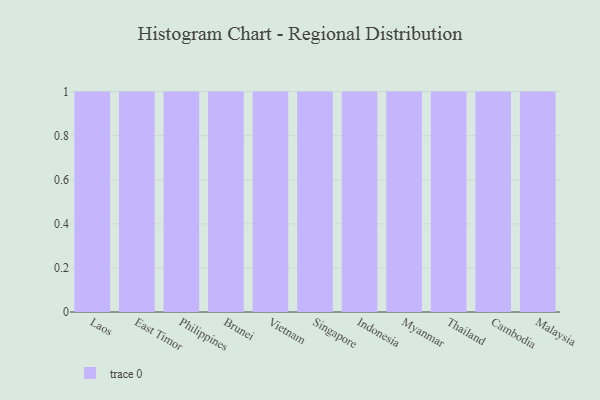
{"axis": {"x": "Country", "y": "Population (Million)"}, "legend": [""], "data": [{"x": "Laos", "y": 31, "type": ""}, {"x": "East Timor", "y": 10, "type": ""}, {"x": "Philippines", "y": 37, "type": ""}, {"x": "Brunei", "y": 9, "type": ""}, {"x": "Vietnam", "y": 27, "type": ""}, {"x": "Singapore", "y": 3, "type": ""}, {"x": "Indonesia", "y": 4, "type": ""}, {"x": "Myanmar", "y": 66, "type": ""}, {"x": "Thailand", "y": 75, "type": ""}, {"x": "Cambodia", "y": 49, "type": ""}, {"x": "Malaysia", "y": 83, "type": ""}]}